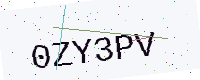
Text: 0ZY3PV